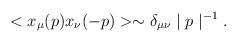
LaTeX: \begin{align*}<x_{\mu }(p)x_{\nu }(-p)>\sim \delta _{\mu \nu }\mid p\mid ^{-1}.\end{align*}